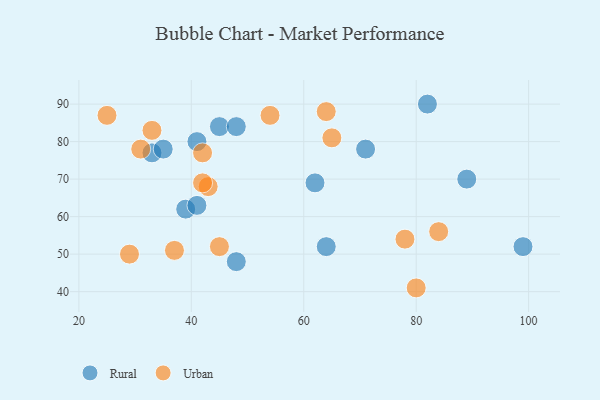
{"axis": {"x": "GDP", "y": "Life Expectancy"}, "legend": ["Rural", "Urban"], "data": [{"x": "33", "y": 77, "type": "Rural"}, {"x": "39", "y": 62, "type": "Rural"}, {"x": "41", "y": 80, "type": "Rural"}, {"x": "89", "y": 70, "type": "Rural"}, {"x": "99", "y": 52, "type": "Rural"}, {"x": "45", "y": 84, "type": "Rural"}, {"x": "62", "y": 69, "type": "Rural"}, {"x": "64", "y": 52, "type": "Rural"}, {"x": "71", "y": 78, "type": "Rural"}, {"x": "82", "y": 90, "type": "Rural"}, {"x": "35", "y": 78, "type": "Rural"}, {"x": "41", "y": 63, "type": "Rural"}, {"x": "48", "y": 84, "type": "Rural"}, {"x": "48", "y": 48, "type": "Rural"}, {"x": "65", "y": 81, "type": "Urban"}, {"x": "42", "y": 77, "type": "Urban"}, {"x": "43", "y": 68, "type": "Urban"}, {"x": "80", "y": 41, "type": "Urban"}, {"x": "78", "y": 54, "type": "Urban"}, {"x": "29", "y": 50, "type": "Urban"}, {"x": "84", "y": 56, "type": "Urban"}, {"x": "42", "y": 69, "type": "Urban"}, {"x": "25", "y": 87, "type": "Urban"}, {"x": "54", "y": 87, "type": "Urban"}, {"x": "31", "y": 78, "type": "Urban"}, {"x": "45", "y": 52, "type": "Urban"}, {"x": "37", "y": 51, "type": "Urban"}, {"x": "33", "y": 83, "type": "Urban"}, {"x": "64", "y": 88, "type": "Urban"}]}